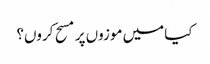
کیا میں موزوں پر مسح کروں؟